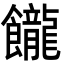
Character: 𩟭